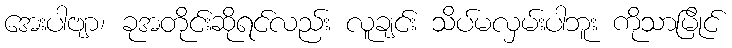
အေးပါဗျာ၊ ခုအတိုင်းဆိုရင်လည်း လူချင်း သိပ်မလှမ်းပါဘူး ကိုသာမြိုင်